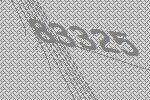
83325